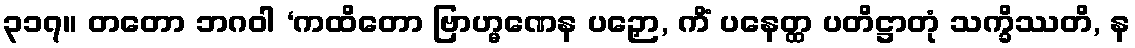
၃၁၇။ တတော ဘဂဝါ ‘ကထိတော ဗြာဟ္မဏေန ပဉှော, ကိံ ပနေတ္ထ ပတိဋ္ဌာတုံ သက္ခိဿတိ, န